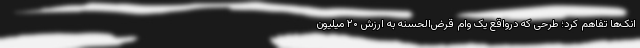
انک‌ها تفاهم کرد؛ طرحی که درواقع یک وام قرض‌الحسنه به ارزش ۲۰ میلیون